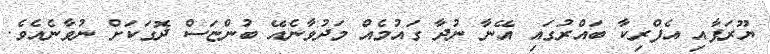
ޔޫރަޕާއި އެފްރިކާ ބައްރުގައި އޭނާ ނުދާ ގައުމެއް މަދުވާނެއޭ ބުންޏަސް ދޮގަކަށް ނުވާނެއެވެ.